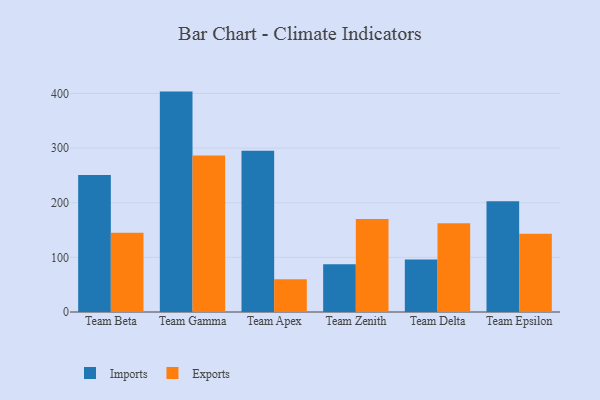
{"axis": {"x": "Team", "y": "Budget (USD K)"}, "legend": ["Exports", "Imports"], "data": [{"x": "Team Beta", "y": 250.7, "type": "Imports"}, {"x": "Team Beta", "y": 144.9, "type": "Exports"}, {"x": "Team Gamma", "y": 403.4, "type": "Imports"}, {"x": "Team Gamma", "y": 286.5, "type": "Exports"}, {"x": "Team Apex", "y": 295.3, "type": "Imports"}, {"x": "Team Apex", "y": 60.1, "type": "Exports"}, {"x": "Team Zenith", "y": 87.5, "type": "Imports"}, {"x": "Team Zenith", "y": 170.3, "type": "Exports"}, {"x": "Team Delta", "y": 96.2, "type": "Imports"}, {"x": "Team Delta", "y": 162.6, "type": "Exports"}, {"x": "Team Epsilon", "y": 202.9, "type": "Imports"}, {"x": "Team Epsilon", "y": 143.2, "type": "Exports"}]}